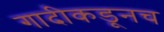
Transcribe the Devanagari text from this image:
गादीकडूनच